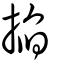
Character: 掐